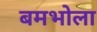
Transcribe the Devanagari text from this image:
बमभोला